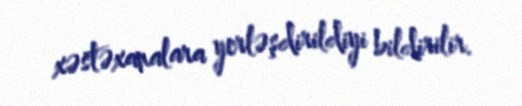
xəstəxanalara yerləşdirildiyi bildirilir.